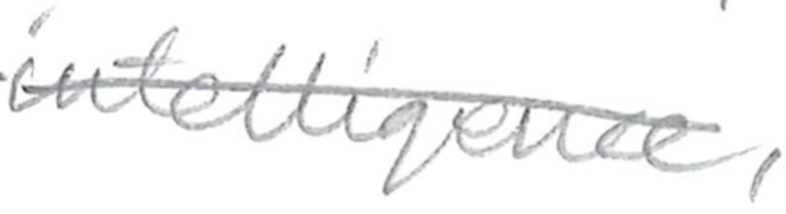
Text: intelligence,
Cross-out: single-line
Writing tool: pencil